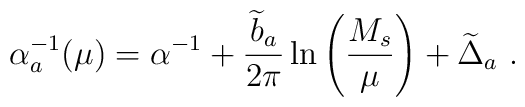
\alpha^{-1}_a(\mu) =\alpha^{-1} +{{\widetilde b}_a \over 2\pi} \ln\left({M_s\over\mu}\right)+ {\widetilde \Delta}_a~.